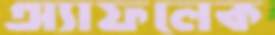
অ্যাফলেক